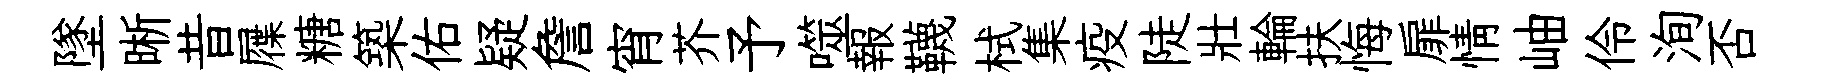
墜晰昔屧糖築佑疑詹宵芥予噬報韈栻集疫陡壯輪扶悔扉情岫伶洵否